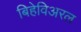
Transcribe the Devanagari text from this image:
बिहेविअरल